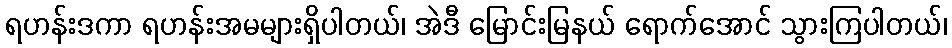
ရဟန်းဒကာ ရဟန်းအမများရှိပါတယ်၊ အဲဒီ မြောင်းမြနယ် ရောက်အောင် သွားကြပါတယ်၊